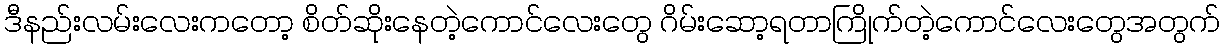
ဒီနည်းလမ်းလေးကတော့ စိတ်ဆိုးနေတဲ့ကောင်လေးတွေ ဂိမ်းဆော့ရတာကြိုက်တဲ့ကောင်လေးတွေအတွက်